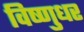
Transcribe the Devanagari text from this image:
विष्णुधर